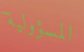
المسؤولية